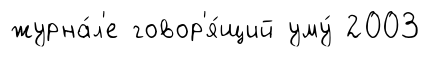
журна́л'е говор'я́щий уму́ 2003